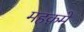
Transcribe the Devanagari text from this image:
महक़मे